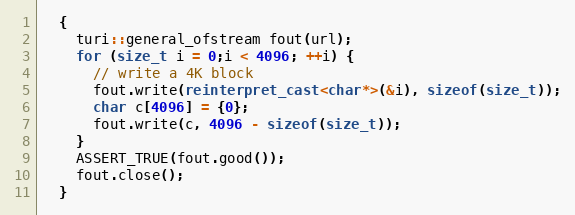
Language: C++
  {
    turi::general_ofstream fout(url);
    for (size_t i = 0;i < 4096; ++i) {
      // write a 4K block
      fout.write(reinterpret_cast<char*>(&i), sizeof(size_t));
      char c[4096] = {0};
      fout.write(c, 4096 - sizeof(size_t));
    }
    ASSERT_TRUE(fout.good());
    fout.close();
  }